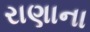
રાણાના